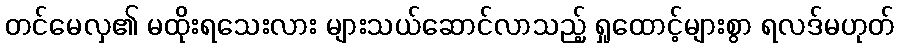
တင်မေလှ၏ မထိုးရသေးလား များသယ်ဆောင်လာသည့် ရှုထောင့်များစွာ ရလဒ်မဟုတ်